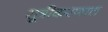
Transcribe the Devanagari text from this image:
सूत्रीकरणात